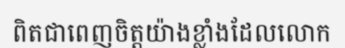
ពិតជាពេញចិត្តយ៉ាងខ្លាំងដែលលោក